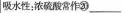
吸水性：浓硫酸常作⑳___